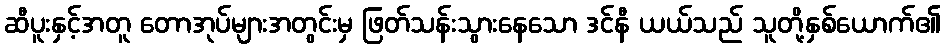
ဆီပူးနှင့်အတူ တောအုပ်များအတွင်းမှ ဖြတ်သန်းသွားနေသော ဒင်နီ ယယ်သည် သူတို့နှစ်ယောက်၏